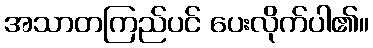
အသာတကြည်ပင် ပေးလိုက်ပါ၏။